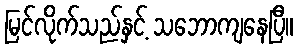
မြင်လိုက်သည်နှင့် သဘောကျနေပြီ။